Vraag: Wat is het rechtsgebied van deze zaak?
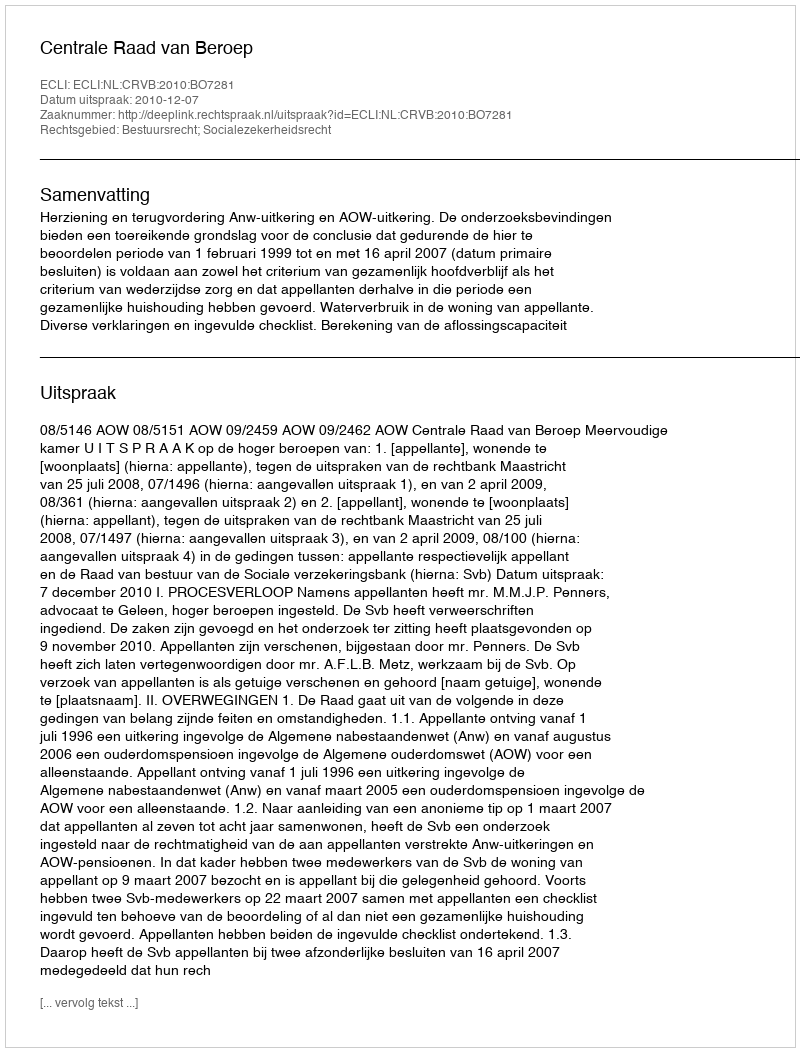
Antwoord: Bestuursrecht; Socialezekerheidsrecht